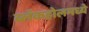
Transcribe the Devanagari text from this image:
ब्लॅकहोलमध्ये